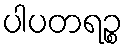
ပါပတရဉ္စ